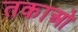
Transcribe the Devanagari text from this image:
तकाओ